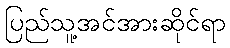
ပြည်သူ့အင်အားဆိုင်ရာ